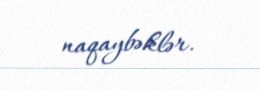
naqaybəklər.